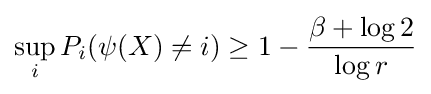
\sup _{i}P_{i}(\psi (X)\not =i)\geq 1-{\frac {\beta +\log 2}{\log r}}